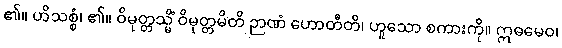
၏။ ဟိသစ္စံ၊ ၏။ ဝိမုတ္တသ္မိံ ဝိမုတ္တမိတိ ဉာဏံ ဟောတီတိ၊ ဟူသော စကားကို။ ဣဓမေဝ၊